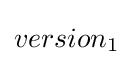
version_{1}